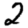
Digit: 2